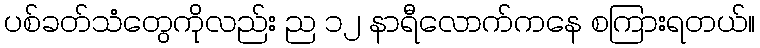
ပစ်ခတ်သံတွေကိုလည်း ည ၁၂ နာရီလောက်ကနေ စကြားရတယ်။